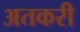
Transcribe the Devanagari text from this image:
अतकरी